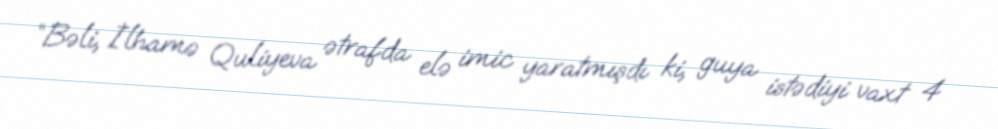
“Bəli, İlhamə Quliyeva ətrafda elə imic yaratmışdı ki, guya istədiyi vaxt 4